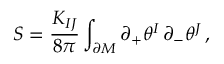
S = \frac { K _ { I J } } { 8 \pi } \int _ { \partial \cal M } \partial _ { + } \theta ^ { I } \, \partial _ { - } \theta ^ { J } \, ,